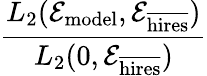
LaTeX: \frac{L_{2}(\mathcal{E}_{\mathrm{model}},\mathcal{E}_{\overline{{\mathrm{hires}}}})}{L_{2}(0,\mathcal{E}_{\overline{{\mathrm{hires}}}})}